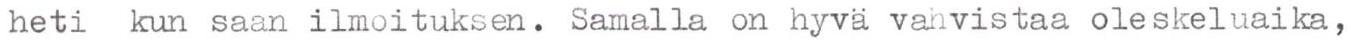
heti kun saan ilmoituksen. Samalla on hyvä vahvistaa oleskeluaika,